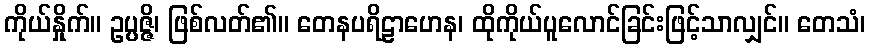
ကိုယ်နှိုက်။ ဥပ္ပဇ္ဇိ၊ ဖြစ်လတ်၏။ တေနပရိဠာဟေန၊ ထိုကိုယ်ပူလောင်ခြင်းဖြင့်သာလျှင်။ တေသံ၊